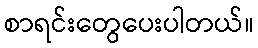
စာရင်းတွေပေးပါတယ်။